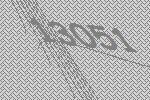
13051